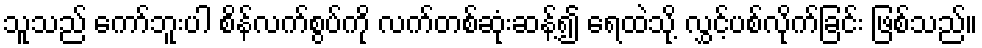
သူသည် ကော်ဘူးပါ စိန်လက်စွပ်ကို လက်တစ်ဆုံးဆန့်၍ ရေထဲသို့ လွှင့်ပစ်လိုက်ခြင်း ဖြစ်သည်။